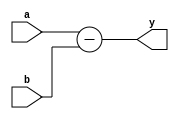
module subtractor # (parameter N = 8)
                  (input [N-1:0] a, b,
                   output [N-1:0] y);
   assign y = a - b;
endmodule // subtractor